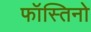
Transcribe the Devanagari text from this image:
फॉस्तिनो